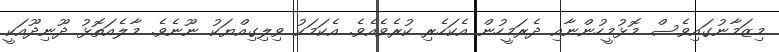
މިޒަމާނުގައިވެސް މޮޅުމީހުންނާއި ދެރަމީހުން އެކަހެރި ކުރެވެއެވެ. އެކަމަކު ވިލިގިއްޔަކު ނޫނެވެ. މާލެއަތޮޅު ދޫނިދޫއަކީ